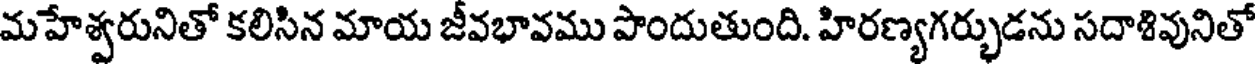
మహేశ్వరునితో కలిసిన మాయ జీవభావము పొందుతుంది. హిరణ్యగర్భుడను సదాశివునితో